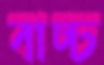
বাচ্চ